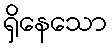
ရှိနေသော